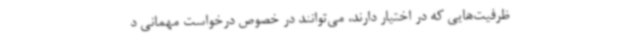
ظرفیت‌هایی که در اختیار دارند، می‌توانند در خصوص درخواست مهمانی د